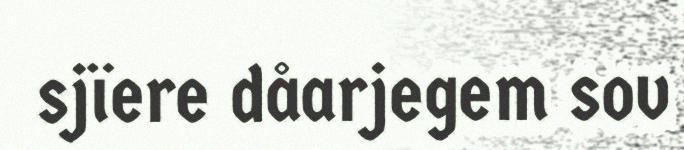
sjïere dåarjegem sov